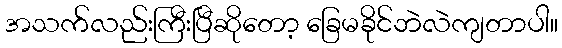
အသက်လည်းကြီးပြီဆိုတော့ ခြေမခိုင်ဘဲလဲကျတာပါ။